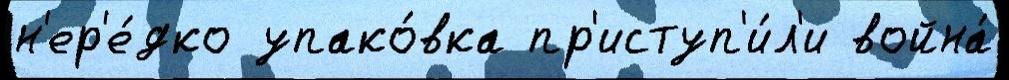
н'ер'е́дко упако́вка пр'иступ'и́л'и война́